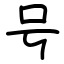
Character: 号